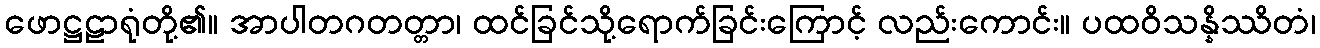
ဖောဋ္ဌဠာရုံတို့၏။ အာပါတဂတတ္တာ၊ ထင်ခြင်သို့ရောက်ခြင်းကြောင့် လည်းကောင်း။ ပထဝိသန္နိဿိတံ၊